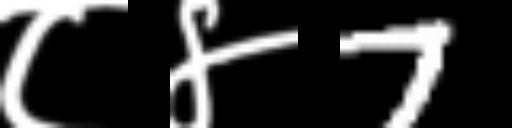
Text: ८४7